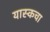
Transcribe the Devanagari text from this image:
यास्कचा